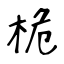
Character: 桅